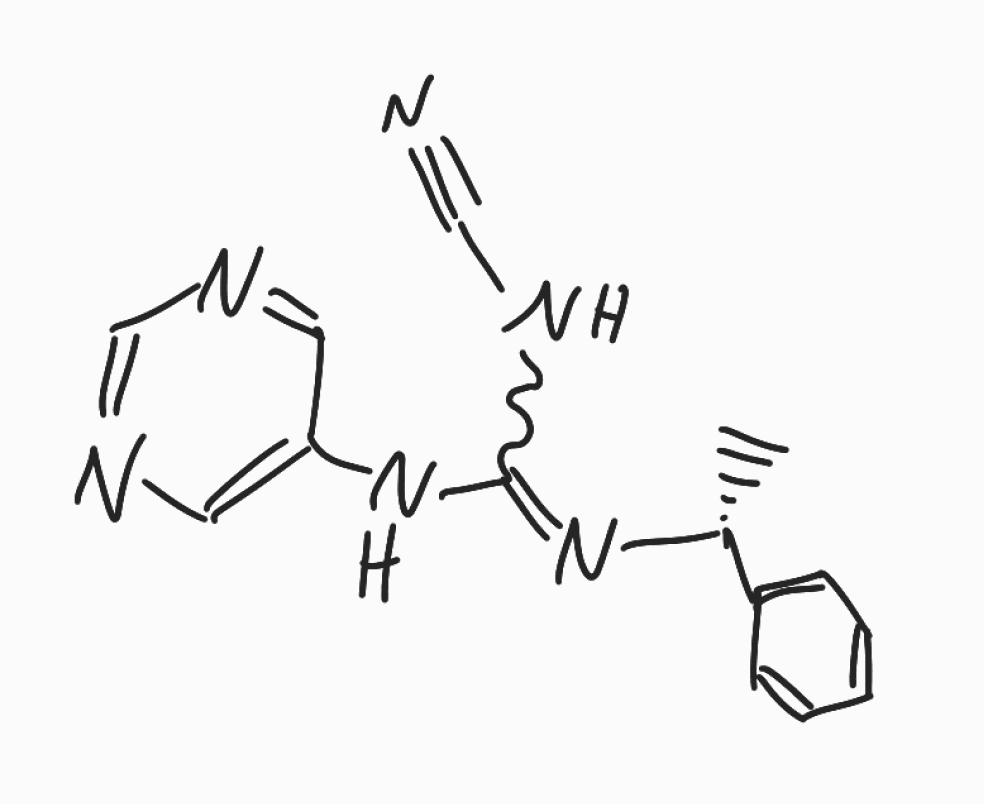
Simplified molecular-input line-entry system (SMILES) notation of the given molecule:
C[C@H](C1=CC=CC=C1)N=C(NC#N)NC2=CN=CN=C2